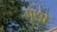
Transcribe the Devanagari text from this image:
गृंथो